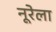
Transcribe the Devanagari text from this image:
नूरेला